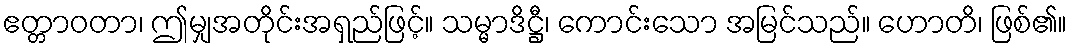
ဧတ္တာဝတာ၊ ဤမျှအတိုင်းအရှည်ဖြင့်။ သမ္မာဒိဋ္ဌီ၊ ကောင်းသော အမြင်သည်။ ဟောတိ၊ ဖြစ်၏။